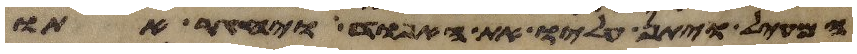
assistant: המעיל ויתן עליו את האפוד ויחגר אתו